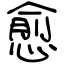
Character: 愈